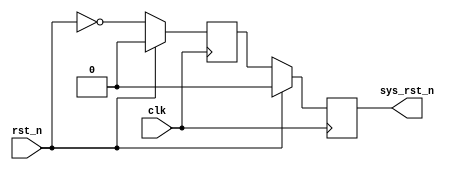
module sys_reset(	clk,
					rst_n,
					sys_rst_n
				);
//-------------------------------------
input clk;
input rst_n;
output reg sys_rst_n; 
//-------------------------------------
reg sys_rst_nr;
//现将异步复位信号用同步时钟打一
`ifdef altera
always@(posedge clk)
		if(~rst_n)
		begin
			sys_rst_n  <= 0;
			sys_rst_nr <= 0;
		end
		else
		begin
			sys_rst_nr <= rst_n;   
			sys_rst_n  <= sys_rst_nr;
		end
`else
always@(posedge clk)
		if(rst_n)
		begin
			sys_rst_n  <= 0;
			sys_rst_nr <= 0;
		end
		else
		begin
			sys_rst_nr <= ~rst_n;   
			sys_rst_n  <= sys_rst_nr;
		end
`endif		
endmodule